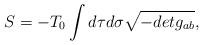
LaTeX: \begin{align*}S = -T_{0}\int d\tau d \sigma \sqrt{-det g_{ab}},\end{align*}